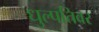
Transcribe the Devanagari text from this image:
धुल्पतिवर